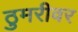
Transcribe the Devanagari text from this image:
ठुमरीवर